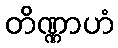
တိဏ္ဏာဟံ